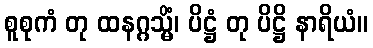
စူစုကံ တု ထနဂ္ဂသ္မိံ၊ ပိဋ္ဌံ တု ပိဋ္ဌိ နာရိယံ။